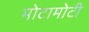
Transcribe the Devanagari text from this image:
मोटामोटी